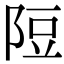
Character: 𨹜